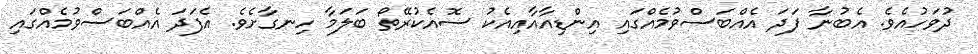
ދުވަހުއެވެ. އެބުނާ ފަދަ އެއްބަސްވުމެއްގައި އިންޑިއާއާއިއެކު ސޮއެކުރޭތޯ ބަލަމާ ހިނގާށެވެ. އެފަދަ އެއްބަސްވުމެއްގައި